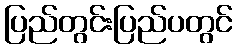
ပြည်တွင်းပြည်ပတွင်